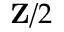
\mathbf { Z } / 2